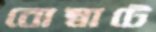
বোম্বাটে